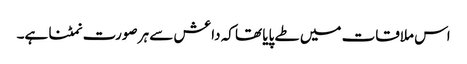
اس ملاقات میں طے پایا تھا کہ داعش سے ہر صورت نمٹنا ہے۔